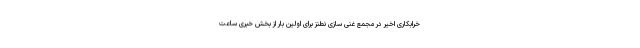
خرابکاری اخیر در مجمع غنی سازی نطنز برای اولین بار از بخش خبری ساعت